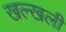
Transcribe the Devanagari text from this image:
खल्खली